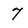
Character: 7